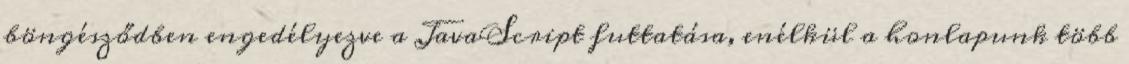
böngésződben engedélyezve a JavaScript futtatása, enélkül a honlapunk több